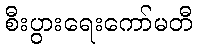
စီးပွားရေးကော်မတီ